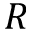
R